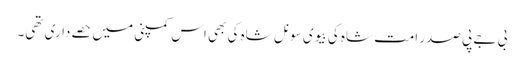
بی جے پی صدر امت شاہ کی بیوی سونل شاہ کی بھی اس کمپنی میں حصےداری تھی۔